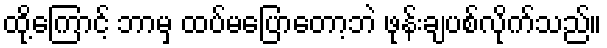
ထို့ကြောင့် ဘာမှ ထပ်မပြောတော့ဘဲ ဖုန်းချပစ်လိုက်သည်။